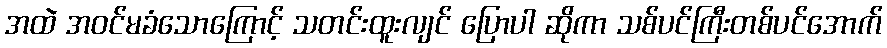
အထဲ အဝင်မခံသောကြောင့် သတင်းထူးလျင် ပြောပါ ဆိုကာ သစ်ပင်ကြီးတစ်ပင်အောက်